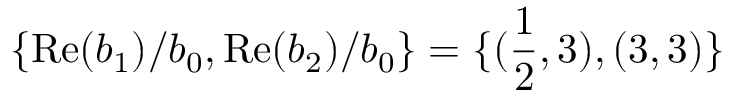
\{ \mathrm { R e } ( b _ { 1 } ) / b _ { 0 } , \mathrm { R e } ( b _ { 2 } ) / b _ { 0 } \} = \{ ( \frac { 1 } { 2 } , 3 ) , ( 3 , 3 ) \}